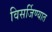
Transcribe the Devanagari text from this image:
विसर्जिण्यात